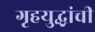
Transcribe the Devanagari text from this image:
गृहयुद्धांची